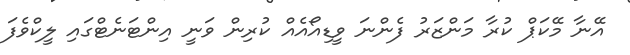
އޭނާ މޭކަޕް ކުރާ މަންޒަރު ފެންނަ ވީޑިއޯއެއް ކުރިން ވަނީ އިންޓަނެޓްގައި ލީކްވެފަ